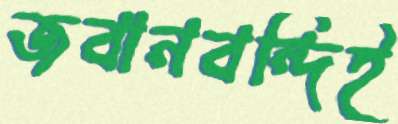
জবানবন্দিই